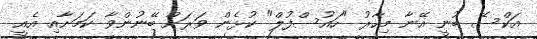
އަކްސޭ ބުނީ އޭނާ މިހާރު "ހައުސްފުލް" ކުޅެން ވަރަށް ބޭނުންވާ ކަމަށާއި އެއީ